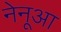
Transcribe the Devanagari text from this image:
नेनूआ